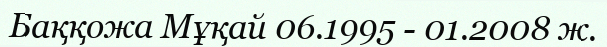
Баққожа Мұқай 06.1995 - 01.2008 ж.